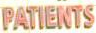
PATIENTS